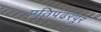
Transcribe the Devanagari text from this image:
प्रतिपंढरपूर